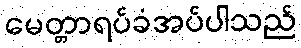
မေတ္တာရပ်ခံအပ်ပါသည်